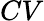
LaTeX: CV